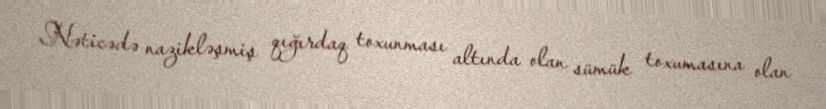
Nəticədə nazikləşmiş qığırdaq toxunması altında olan sümük toxumasına olan